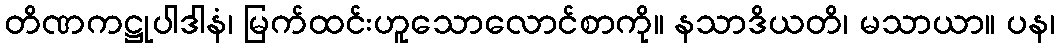
တိဏကဋ္ဌုပါဒါနံ၊ မြက်ထင်းဟူသောလောင်စာကို။ နသာဒိယတိ၊ မသာယာ။ ပန၊